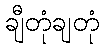
ချီတုံချတုံ